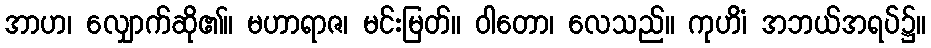
အာဟ၊ လျှောက်ဆို၏။ မဟာရာဇ၊ မင်းမြတ်။ ဝါတော၊ လေသည်။ ကုဟိံ၊ အဘယ်အရပ်၌။